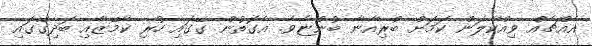
އެއްޗެއް ވިއްކާލަން ކަމަށް ބްރިއާނާ ބުންޏެވެ. އެގޮތުން ގޭގައި ހުރި ކާމޭޒާއި ބަދިގޭގައި